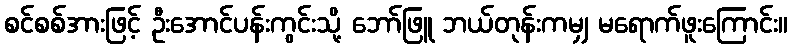
စင်စစ်အားဖြင့် ဦးအောင်ပန်းကွင်းသို့ ဘော်ဖြူ ဘယ်တုန်းကမျှ မရောက်ဖူးကြောင်း။